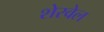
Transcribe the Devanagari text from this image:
शेरवेल